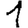
Digit: 1